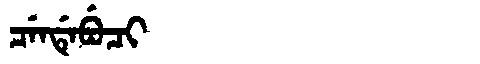
Manchu: ᠴᡝᠨᡩᡝᠪᡠᠴᡳ
Romanization: CENDEBUCI